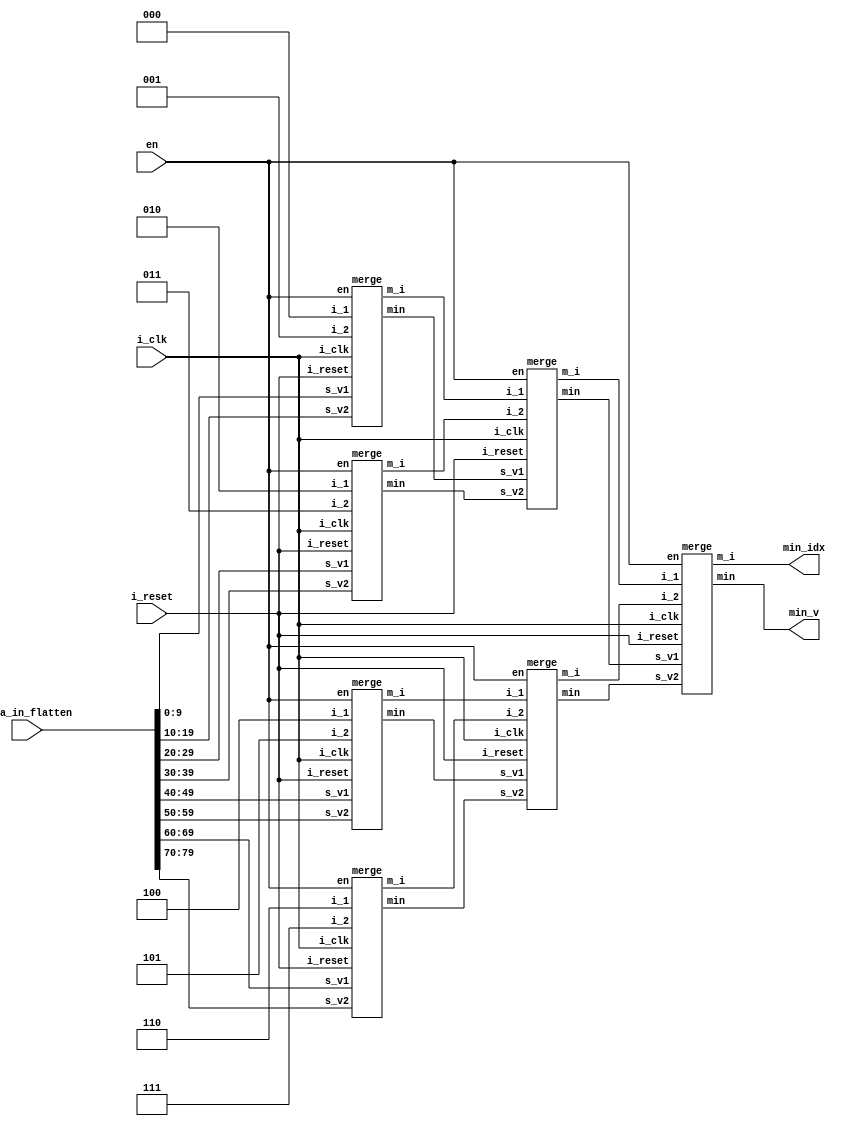
module mimi(
    input   i_clk,
    input   i_reset,
    input   en,
    input   [10*8-1:0]  data_in_flatten,
    output  [9:0]  min_v,
    output  [2:0]  min_idx
);
wire [9:0] data_in [0:7];
wire [9:0] s1[0:3];
wire [9:0] s2[0:1];
wire [2:0] s1_m_i[0:3];
wire [2:0] s2_m_i[0:1];
generate
    genvar i;
    for(i = 0 ; i < 8 ; i = i + 1)begin:loop_unflatten
        assign data_in[i] = data_in_flatten[10*i + 9 : 10*i];
    end
endgenerate
// stage 1,
merge u_merge_s1_0(
    .i_clk(i_clk),
    .i_reset(i_reset),
    .en(en),
    .s_v1(data_in[0]),
    .s_v2(data_in[1]),
    .i_1(3'd0),
    .i_2(3'd1),
    .m_i(s1_m_i[0]),
    .min(s1[0])
);
merge u_merge_s1_1(
    .i_clk(i_clk),
    .i_reset(i_reset),
    .en(en),
    .s_v1(data_in[2]),
    .s_v2(data_in[3]),
    .i_1(3'd2),
    .i_2(3'd3),
    .m_i (s1_m_i[1]),
    .min(s1[1])
);
merge u_merge_s1_2(
    .i_clk(i_clk),
    .i_reset(i_reset),
    .en(en),
    .s_v1(data_in[4]),
    .s_v2(data_in[5]),
    .i_1(3'd4),
    .i_2(3'd5),
    .m_i (s1_m_i[2]),
    .min(s1[2])
);
merge u_merge_s1_3(
    .i_clk(i_clk),
    .i_reset(i_reset),
    .en(en),
    .s_v1(data_in[6]),
    .s_v2(data_in[7]),
    .i_1(3'd6),
    .i_2(3'd7),
    .m_i (s1_m_i[3]),
    .min(s1[3])
);
// stage 2 
merge u_merge_s2_0(
    .i_clk(i_clk),
    .i_reset(i_reset),
    .en(en),
    .s_v1(s1[0]),
    .s_v2(s1[1]),
    .i_1(s1_m_i[0]),
    .i_2(s1_m_i[1]),
    .m_i (s2_m_i[0]),
    .min(s2[0])
);
merge u_merge_s2_1(
    .i_clk(i_clk),
    .i_reset(i_reset),
    .en(en),
    .s_v1(s1[2]),
    .s_v2(s1[3]),
    .i_1(s1_m_i[2]),
    .i_2(s1_m_i[3]),
    .m_i (s2_m_i[1]),
    .min(s2[1])
);
// stage 3
merge u_merge_s3_0(
    .i_clk(i_clk),
    .i_reset(i_reset),
    .en(en),
    .s_v1(s2[0]),
    .s_v2(s2[1]),
    .i_1(s2_m_i[0]),
    .i_2(s2_m_i[1]),
    .m_i (min_idx),
    .min(min_v)
);


endmodule
module merge(
input i_clk,
input i_reset,
input en,
input [9:0] s_v1,
input [9:0] s_v2,
input [2:0] i_1,
input [2:0] i_2,
output reg [2:0] m_i,
output reg [9:0] min
);
always@(posedge i_clk or posedge i_reset)
begin
    if(i_reset)begin
        m_i <= 0;
        min <= 0;
    end
    else if(en) begin
        if(s_v1 < s_v2) begin
            m_i <= i_1;
            min <= s_v1;
        end
        else begin
            m_i <= i_2;
            min <= s_v2;
        end
    end
end
endmodule